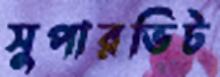
সুপারভিট